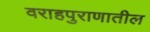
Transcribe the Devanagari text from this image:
वराहपुराणातील